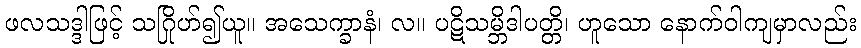
ဖလသဒ္ဒါဖြင့် သဂြိုဟ်၍ယူ။ အသေက္ခာနံ၊ လ။ ပဋိသမ္ဘိဒါပတ္တိ၊ ဟူသော နောက်ဝါကျမှာလည်း